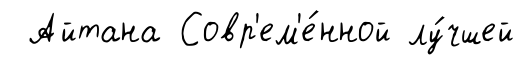
Айтана Совр'ем'е́нной лу́чшей